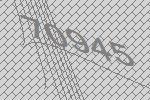
70945